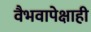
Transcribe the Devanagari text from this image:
वैभवापेक्षाही